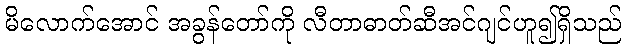
မိလောက်အောင် အခွန်တော်ကို လီတာဓာတ်ဆီအင်ဂျင်ဟူ၍ရှိသည်